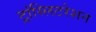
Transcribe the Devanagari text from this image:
ट्रांस्लिटरेशन